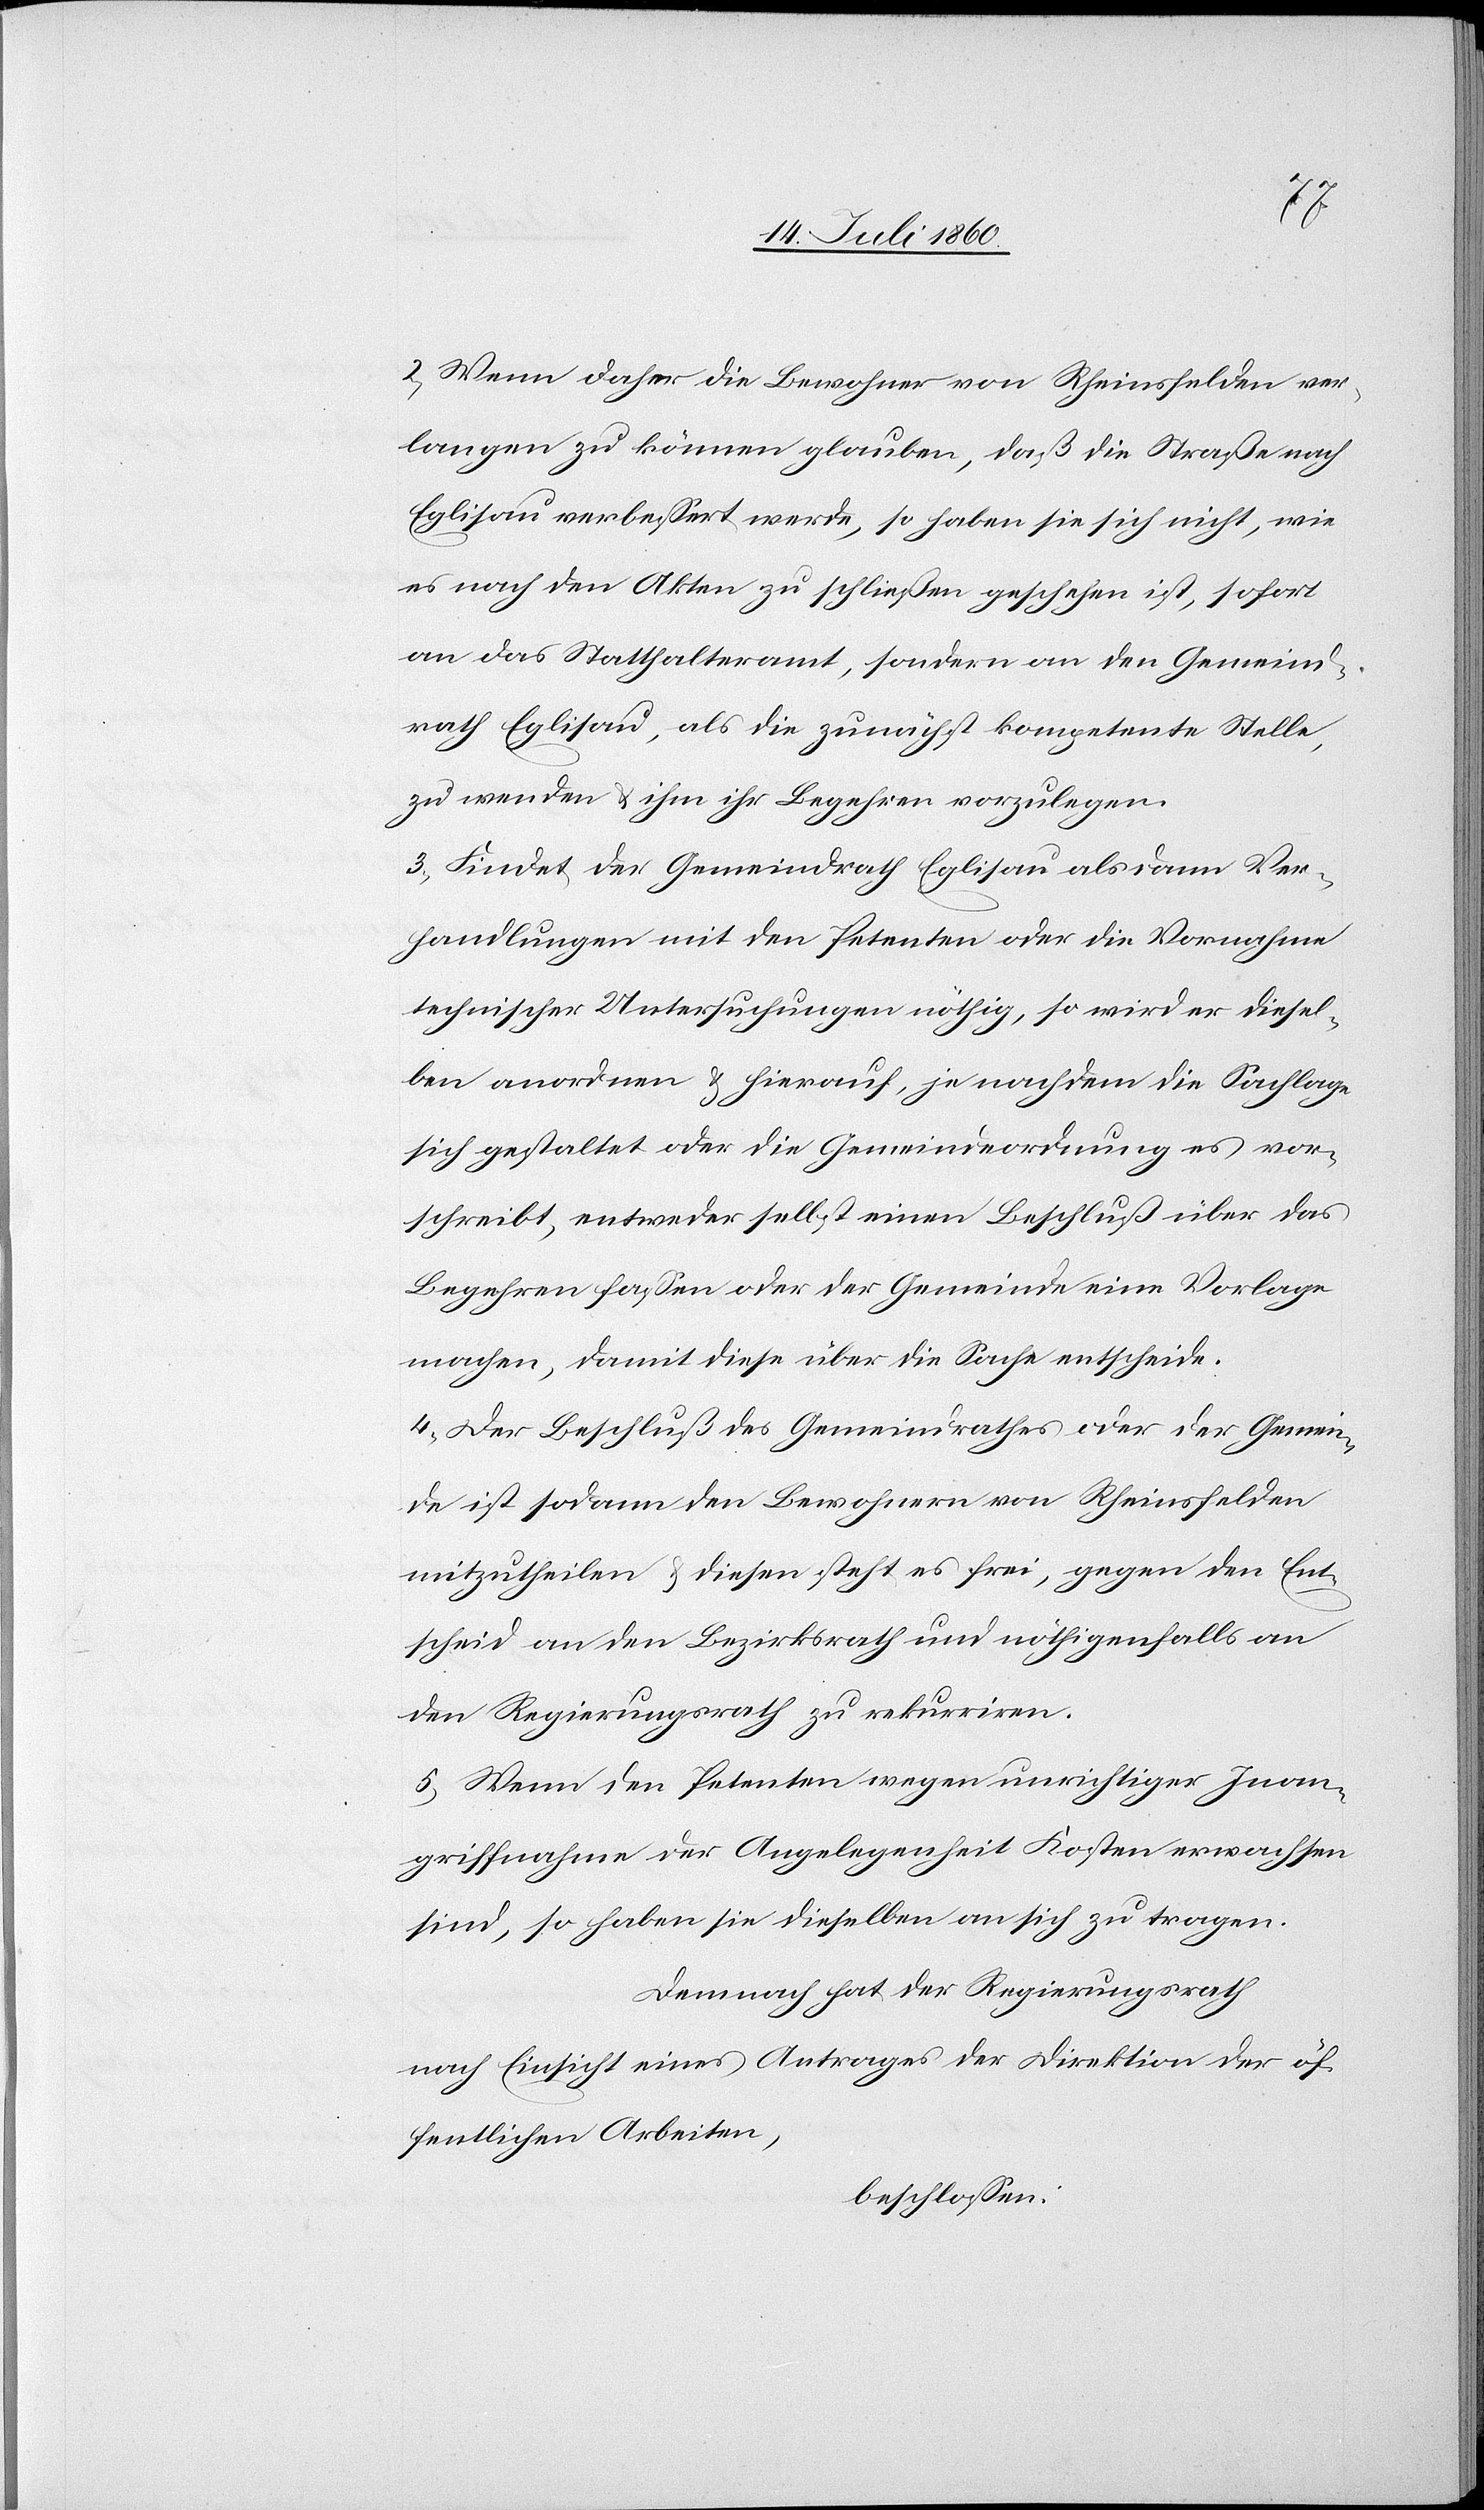
2) Wenn daher die Bewohner von Rheinsfelden ver¬
langen zu können glauben, daß die Straße nach
Eglisau verbessert werde, so haben sie sich nicht, wie
es nach den Akten zu schließen geschehen ist, sofort
an das Statthalteramt, sondern an den Gemeind¬
rath Eglisau, als die zunächst kompetente Stelle,
zu wenden & ihm ihr Begehren vorzulegen.
3) Findet der Gemeindrath Eglisau alsdann Ver¬
handlungen mit den Petenten oder die Vornahme
technischer Untersuchungen nöthig, so wird er diesel¬
ben anordnen & hierauf, je nachdem die Sachlage
sich gestaltet oder die Gemeindeordnung es vor¬
schreibt, entweder selbst einen Beschluß über das
Begehren fassen oder der Gemeinde eine Vorlage
machen, damit diese über die Sache entscheide.
4) Der Beschluß des Gemeindrathes oder der Gemein¬
de ist sodann den Bewohnern von Rheinsfelden
mitzutheilen & diesen steht es frei, gegen den Ent¬
scheid an den Bezirksrath und nöthigenfalls an
den Regierungsrath zu rekurriren.
5) Wenn den Petenten wegen unrichtiger Inan¬
griffnahme der Angelegenheit Kosten erwachsen
sind, so haben sie dieselben an sich zu tragen.
Demnach hat der Regierungsrath
nach Einsicht eines Antrages der Direktion der öf¬
fentlichen Arbeiten,
beschlossen: